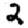
Digit: 2